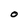
Character: O